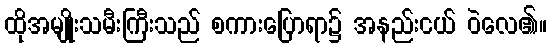
ထိုအမျိုးသမီးကြီးသည် စကားပြောရာ၌ အနည်းငယ် ဝဲလေ၏။